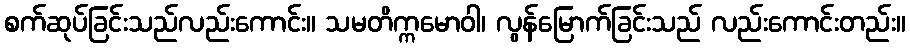
စက်ဆုပ်ခြင်းသည်လည်းကောင်း။ သမတိက္ကမောဝါ၊ လွန်မြောက်ခြင်းသည် လည်းကောင်းတည်း။